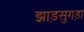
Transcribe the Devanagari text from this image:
झाड़सुगड़ा